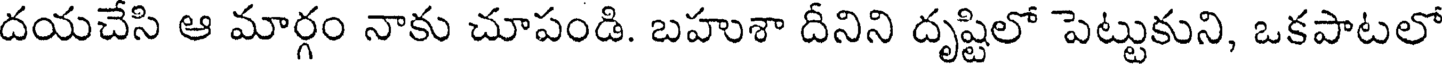
దయచేసి ఆ మార్గం నాకు చూపండి. బహుశా దీనిని దృష్టిలో పెట్టుకుని, ఒకపాటలో